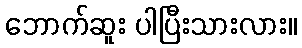
ဘောက်ဆူး ပါပြီးသားလား။